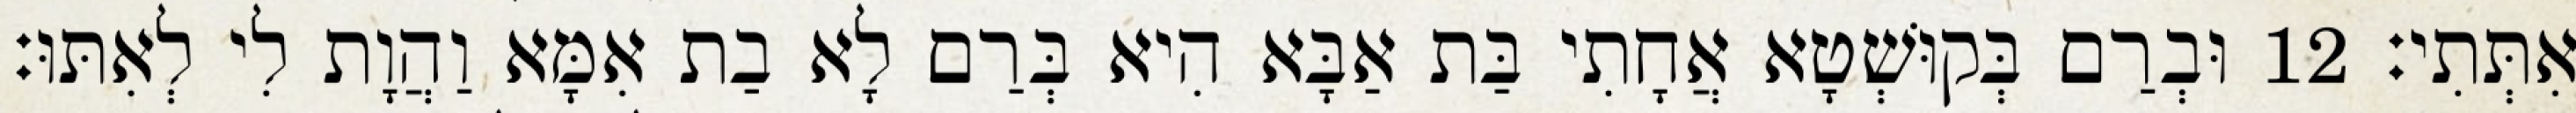
אִתְּתִי׃ 12 וּבְרַם בְּקוּשְׁטָא אֲחָתִי בַּת אַבָּא הִיא בְּרַם לָא בַת אִמָּא וַהֲוָת לִי לְאִתּוּ׃